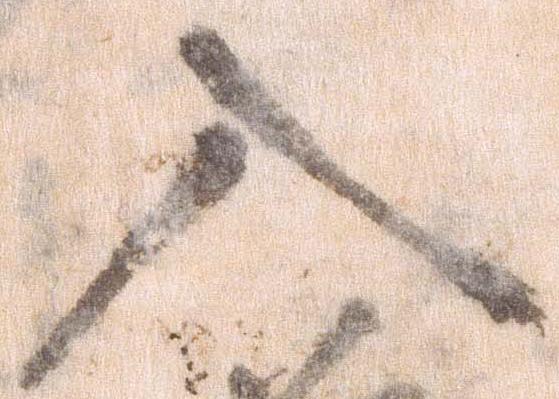
入